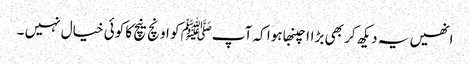
انھیں یہ دیکھ کر بھی بڑاا چنبھا ہوا کہ آپﷺ کو اونچ نیچ کا کوئی خیال نہیں ۔